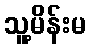
သူ့မိန်းမ